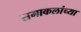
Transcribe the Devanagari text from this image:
समाकलांच्या